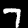
Digit: 7